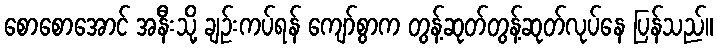
စောစောအောင် အနီးသို့ ချဉ်းကပ်ရန် ကျော်စွာက တွန့်ဆုတ်တွန့်ဆုတ်လုပ်နေ ပြန်သည်။